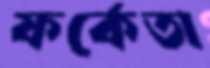
ফর্কেতা